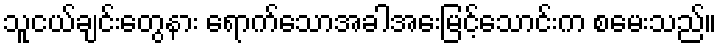
သူငယ်ချင်းတွေနား ရောက်သောအခါအေးမြင့်သောင်းက စမေးသည်။